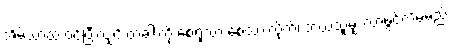
အိမ်သာထဲ ဝင်ပြီးလျှင် တံခါးကို စေ့ရုံသာ စေ့ထားလိုက်၊ ဘယ်သူမျှ လာဖွင့်လိမ့်မည်